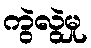
ကွဲလွဲမှု